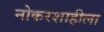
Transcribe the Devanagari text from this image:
नोकरशाहीला